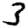
Digit: 3